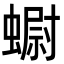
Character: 𧐇